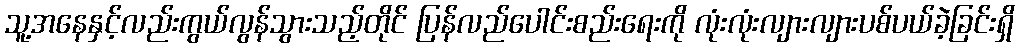
သူ့အနေနှင့်လည်းကွယ်လွန်သွားသည့်တိုင် ပြန်လည်ပေါင်းစည်းရေးကို လုံးလုံးလျားလျားပစ်ပယ်ခဲ့ခြင်းရှိ